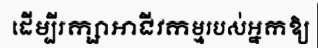
ដើម្បីរក្សាអាជីវកម្មរបស់អ្នកឱ្យ